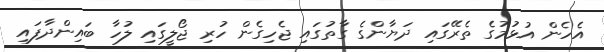
އެހެން އުޅުމުގެ ތެރޭގައި ދަޔާންގެ ގާތުގައި ޖެހިގެން ހުރި ޖޯލީގައި ލުހާ ބައިންދާފައި